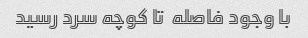
با وجود فاصله  تا کوچه سرد رسید